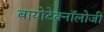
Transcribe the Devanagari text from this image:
बायोटेक्नॉलोजी